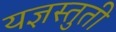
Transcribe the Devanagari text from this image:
यज्ञस्तुती